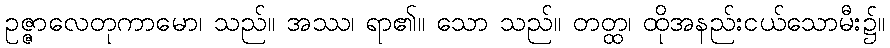
ဥဇ္ဇာလေတုကာမော၊ သည်။ အဿ၊ ရာ၏။ သော သည်။ တတ္ထ၊ ထိုအနည်းငယ်သောမီး၌။